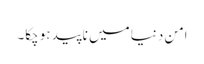
امن دنیا میں ناپید ہوچکا۔